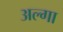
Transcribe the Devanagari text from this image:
अल्गा